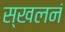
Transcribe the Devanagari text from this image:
स्खलनं